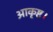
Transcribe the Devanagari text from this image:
आकृष्ट।